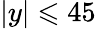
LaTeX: \vert y\vert\leqslant 45